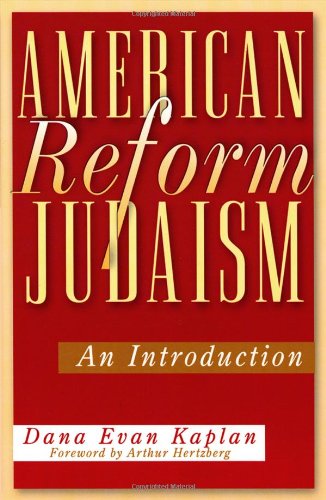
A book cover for American Reform Judaism: An Introduction; Dana Evan Kaplan; Religion & Spirituality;